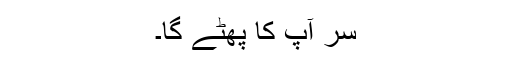
سر آپ کا پھٹے گا۔